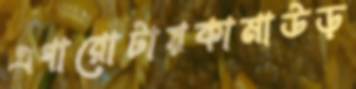
এগারোটায়কামাউড়